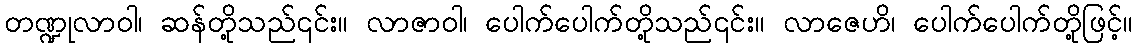
တဏ္ဍုလာဝါ၊ ဆန်တို့သည်၎င်း။ လာဇာဝါ၊ ပေါက်ပေါက်တို့သည်၎င်း။ လာဇေဟိ၊ ပေါက်ပေါက်တို့ဖြင့်။